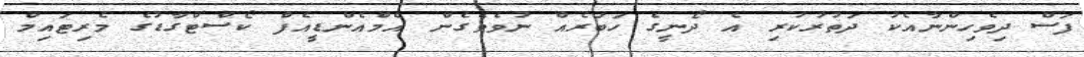
ފަސް ދިވެހިންނާއެކު ދަތުރުކުރި އެ ދޯނީގެ ހަބަރެއް ނުވެވެގެން އެމްއެންޑީއެފް ކޯސްޓްގާޑުގެ މެރިޓައިމް